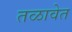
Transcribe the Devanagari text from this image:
तळावेत